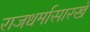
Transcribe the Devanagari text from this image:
राजधर्मासारखे